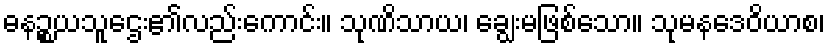
ဓနဉ္စယသူဌေး၏လည်းကောင်း။ သုဏိသာယ၊ ချွေးမဖြစ်သော။ သုမနဒေဝိယာစ၊